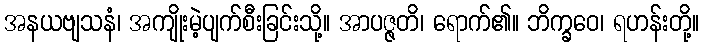
အနယဗျသနံ၊ အကျိုးမဲ့ပျက်စီးခြင်းသို့။ အာပဇ္ဇတိ၊ ရောက်၏။ ဘိက္ခဝေ၊ ရဟန်းတို့။